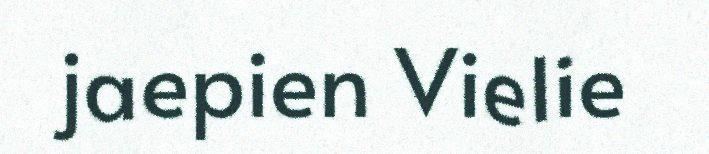
jaepien Vielie